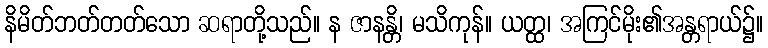
နိမိတ်ဘတ်တတ်သော ဆရာတို့သည်။ န ဇာနန္တိ၊ မသိကုန်။ ယတ္ထ၊ အကြင်မိုး၏အန္တရာယ်၌။